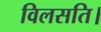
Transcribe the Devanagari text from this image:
विलसति।